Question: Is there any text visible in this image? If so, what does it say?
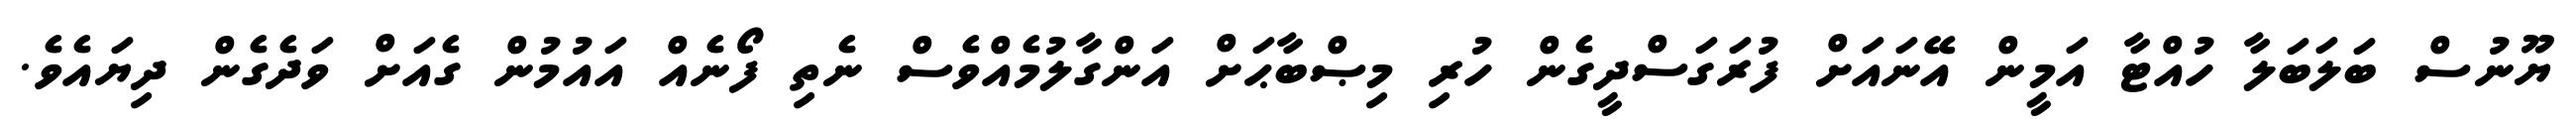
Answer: ޔޫނުސް ބަލަބަލާ ހުއްޓާ އަމީން އޭނައަށް ފުރަގަސްދީގެން ހުރި މިޞްބާޙަށް އަންގާލުމެއްވެސް ނެތި ފޯނެއް އައުމުން ގެއަށް ވަދެގެން ދިޔައެވެ.